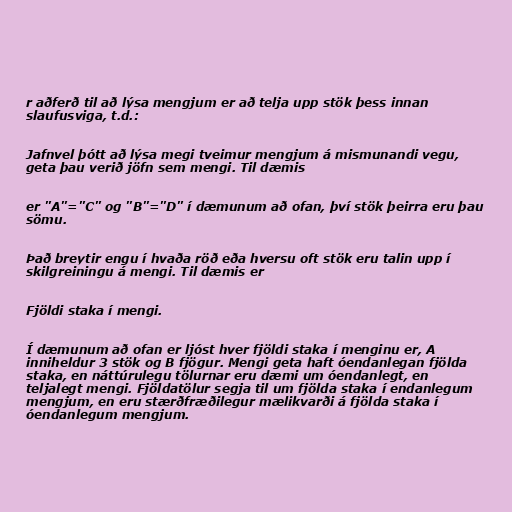
r aðferð til að lýsa mengjum er að telja upp stök þess innan
slaufusviga, t.d.:

Jafnvel þótt að lýsa megi tveimur mengjum á mismunandi vegu,
geta þau verið jöfn sem mengi. Til dæmis

er "A"="C" og "B"="D" í dæmunum að ofan, því stök þeirra eru þau
sömu.

Það breytir engu í hvaða röð eða hversu oft stök eru talin upp í
skilgreiningu á mengi. Til dæmis er

Fjöldi staka í mengi.

Í dæmunum að ofan er ljóst hver fjöldi staka í menginu er, A
inniheldur 3 stök og B fjögur. Mengi geta haft óendanlegan fjölda
staka, en náttúrulegu tölurnar eru dæmi um óendanlegt, en
teljalegt mengi. Fjöldatölur segja til um fjölda staka í endanlegum
mengjum, en eru stærðfræðilegur mælikvarði á fjölda staka í
óendanlegum mengjum.